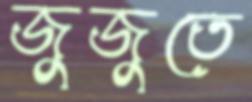
জুজুতে